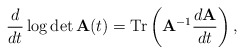
\begin{align*}\frac d{dt}\log\det {\bf A}(t)={\rm T}{\rm r}\left({\bf A}^{-1}\frac {d{\bf A}}{dt}\right),\end{align*}